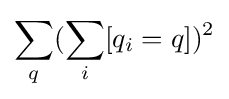
\sum _{q}(\sum _{i}[q_{i}=q])^{2}